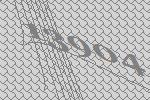
13904